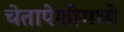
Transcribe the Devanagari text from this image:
चेतापेशींमध्ये